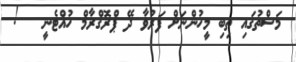
މަސްތުގައި ތިބި މީހުންނަށް ފަރުވާ ދޭ ޕްރޮގްރާމް ހުއްޓެނީ   !